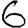
Digit: 6